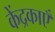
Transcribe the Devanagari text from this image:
केंद्रकाएँ